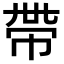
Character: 帶